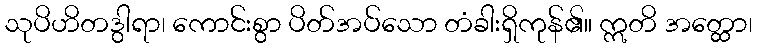
သုပိဟိတဒွါရာ၊ ကောင်းစွာ ပိတ်အပ်သော တံခါးရှိကုန်၏။ ဣတိ အတ္ထော၊